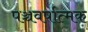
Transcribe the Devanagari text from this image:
पञ्चवर्षात्मक